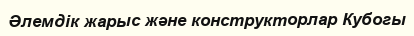
Әлемдік жарыс және конструкторлар Кубогы